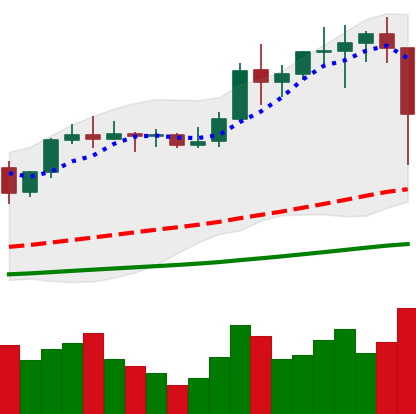
Ticker: LTC-USD
Chart end date: 2021-01-11
Forward return: 3.6%
Label: up_3_5